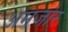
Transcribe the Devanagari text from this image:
अमजोर